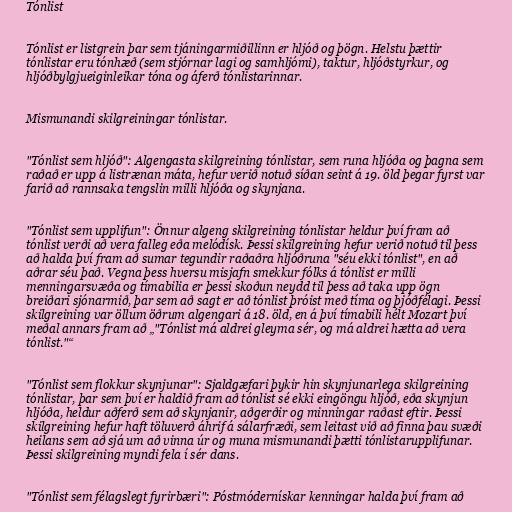
Tónlist

Tónlist er listgrein þar sem tjáningarmiðillinn er hljóð og þögn. Helstu þættir
tónlistar eru tónhæð (sem stjórnar lagi og samhljómi), taktur, hljóðstyrkur, og
hljóðbylgjueiginleikar tóna og áferð tónlistarinnar.

Mismunandi skilgreiningar tónlistar.

"Tónlist sem hljóð": Algengasta skilgreining tónlistar, sem runa hljóða og þagna sem
raðað er upp á listrænan máta, hefur verið notuð síðan seint á 19. öld þegar fyrst var
farið að rannsaka tengslin milli hljóða og skynjana.

"Tónlist sem upplifun": Önnur algeng skilgreining tónlistar heldur því fram að
tónlist verði að vera falleg eða melódísk. Þessi skilgreining hefur verið notuð til þess
að halda því fram að sumar tegundir raðaðra hljóðruna "séu ekki tónlist", en að
aðrar séu það. Vegna þess hversu misjafn smekkur fólks á tónlist er milli
menningarsvæða og tímabilia er þessi skoðun neydd til þess að taka upp ögn
breiðari sjónarmið, þar sem að sagt er að tónlist þróist með tíma og þjóðfélagi. Þessi
skilgreining var öllum öðrum algengari á 18. öld, en á því tímabili hélt Mozart því
meðal annars fram að „"Tónlist má aldrei gleyma sér, og má aldrei hætta að vera
tónlist."“

"Tónlist sem flokkur skynjunar": Sjaldgæfari þykir hin skynjunarlega skilgreining
tónlistar, þar sem því er haldið fram að tónlist sé ekki eingöngu hljóð, eða skynjun
hljóða, heldur aðferð sem að skynjanir, aðgerðir og minningar raðast eftir. Þessi
skilgreining hefur haft töluverð áhrif á sálarfræði, sem leitast við að finna þau svæði
heilans sem að sjá um að vinna úr og muna mismunandi þætti tónlistarupplifunar.
Þessi skilgreining myndi fela í sér dans.

"Tónlist sem félagslegt fyrirbæri": Póstmódernískar kenningar halda því fram að